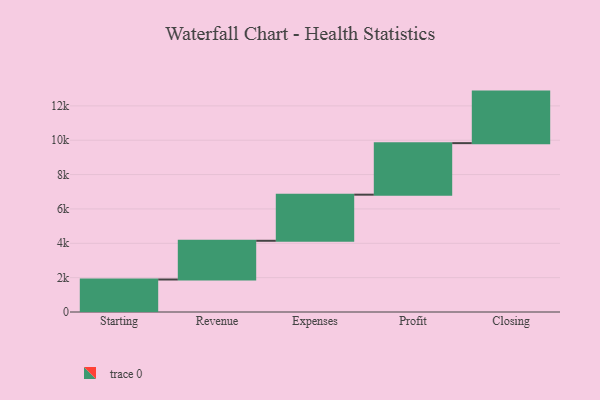
{"axis": {"x": "Step", "y": "Value"}, "legend": [""], "data": [{"x": "Starting", "y": 1892.0, "type": ""}, {"x": "Revenue", "y": 2254.0, "type": ""}, {"x": "Expenses", "y": 2684.0, "type": ""}, {"x": "Profit", "y": 3000, "type": ""}, {"x": "Closing", "y": 3000, "type": ""}]}